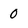
Character: 0